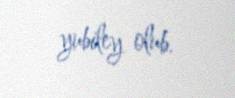
yubiley olub.